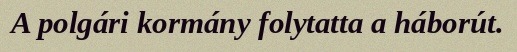
A polgári kormány folytatta a háborút.